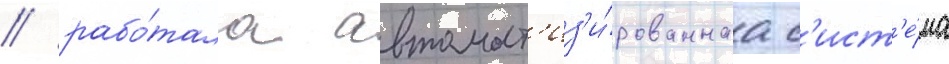
/ рабо́тала автомат'из'и́рованнаа с'ист'е́ма